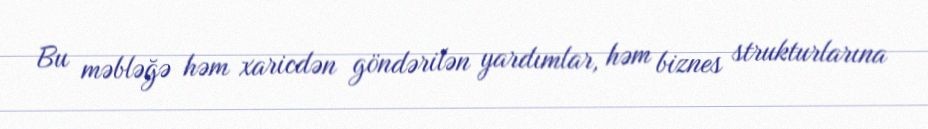
Bu məbləğə həm xaricdən göndərilən yardımlar, həm biznes strukturlarına